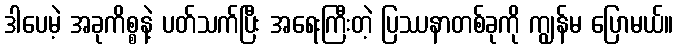
ဒါပေမဲ့ အခုကိစ္စနဲ့ ပတ်သက်ပြီး အရေးကြီးတဲ့ ပြဿနာတစ်ခုကို ကျွန်မ ပြောမယ်။